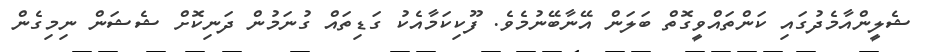
ޝެލީންއާމެދުގައި ކަންތައްވީގޮތް ބަލަން އޭނާބޭނުމެވެ. ފޫކިކަމާއެކު ގަޑިތައް ގުނަމުން ދަނިކޮށް ޝެޝަން ނިމިގެން